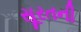
સૂરતની